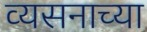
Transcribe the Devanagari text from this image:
व्यसनाच्या